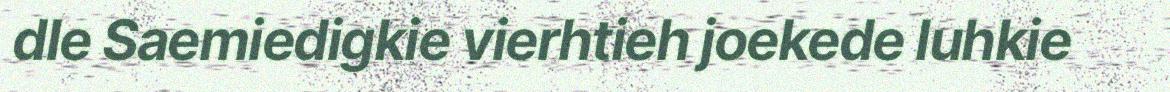
dle Saemiedigkie vierhtieh joekede luhkie